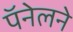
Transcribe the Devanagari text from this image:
पॅनेलने